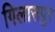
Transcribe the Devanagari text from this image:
गिलासपुर